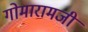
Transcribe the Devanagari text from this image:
गोमारामजी